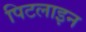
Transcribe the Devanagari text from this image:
पिटलाइन